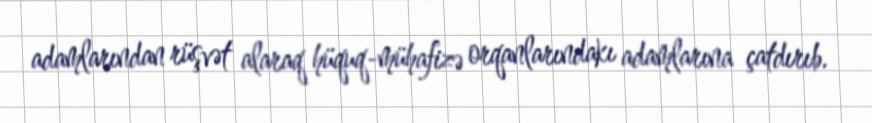
adamlarından rüşvət alaraq hüquq-mühafizə orqanlarındakı adamlarına çatdırıb.